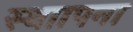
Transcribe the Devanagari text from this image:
स्थाापना